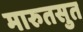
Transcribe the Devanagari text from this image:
मारुतसुत